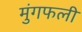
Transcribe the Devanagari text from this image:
मुंगफली